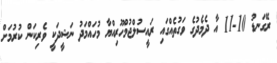
ރޭގަނޑު 10-11 އާ ދެމެދުގެ ވަގުތެއްގައި ރައީސުލްޖުމްހޫރިއްޔާ މުހައްމަދު ނަޝީދަކީ ވެރިކަން ކުރުމަށް